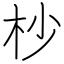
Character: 杪